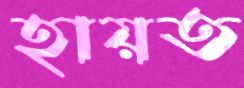
হায়ত